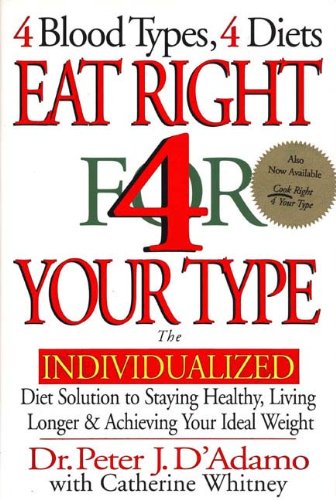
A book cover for Eat Right 4 Your Type: The Individualized Diet Solution to Staying Healthy, Living Longer & Achieving Your Ideal Weight; Peter J. D'Adamo; Health, Fitness & Dieting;